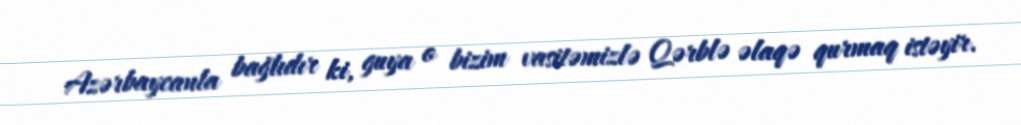
Azərbaycanla bağlıdır ki, guya o bizim vasitəmizlə Qərblə əlaqə qurmaq istəyir.